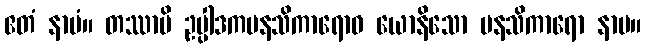
ဧတံ နာမံ။ တဿာပိ ဥပ္ပါဒကမနသိကာရောဝ ယောနိသော မနသိကာရော နာမ။